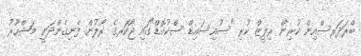
ބްރަދަރސްއިން ކުރިން ރިލީޒް ކުރި "ސުއިސައިޑް ސްކުއޮޑް"ގައި ޖޯކަރގެ ރޯލުން ފެނިގެންދަނީ މަޝްހޫރު